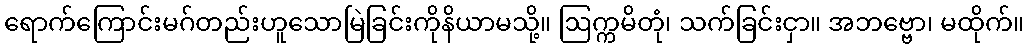
ရောက်ကြောင်းမဂ်တည်းဟူသောမြဲခြင်းကိုနိယာမသို့။ ဩက္ကမိတုံ၊ သက်ခြင်းငှာ။ အဘဗ္ဗော၊ မထိုက်။